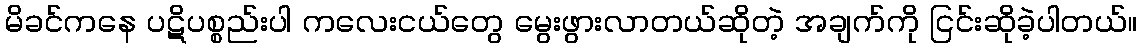
မိခင်ကနေ ပဋိပစ္စည်းပါ ကလေးငယ်တွေ မွေးဖွားလာတယ်ဆိုတဲ့ အချက်ကို ငြင်းဆိုခဲ့ပါတယ်။